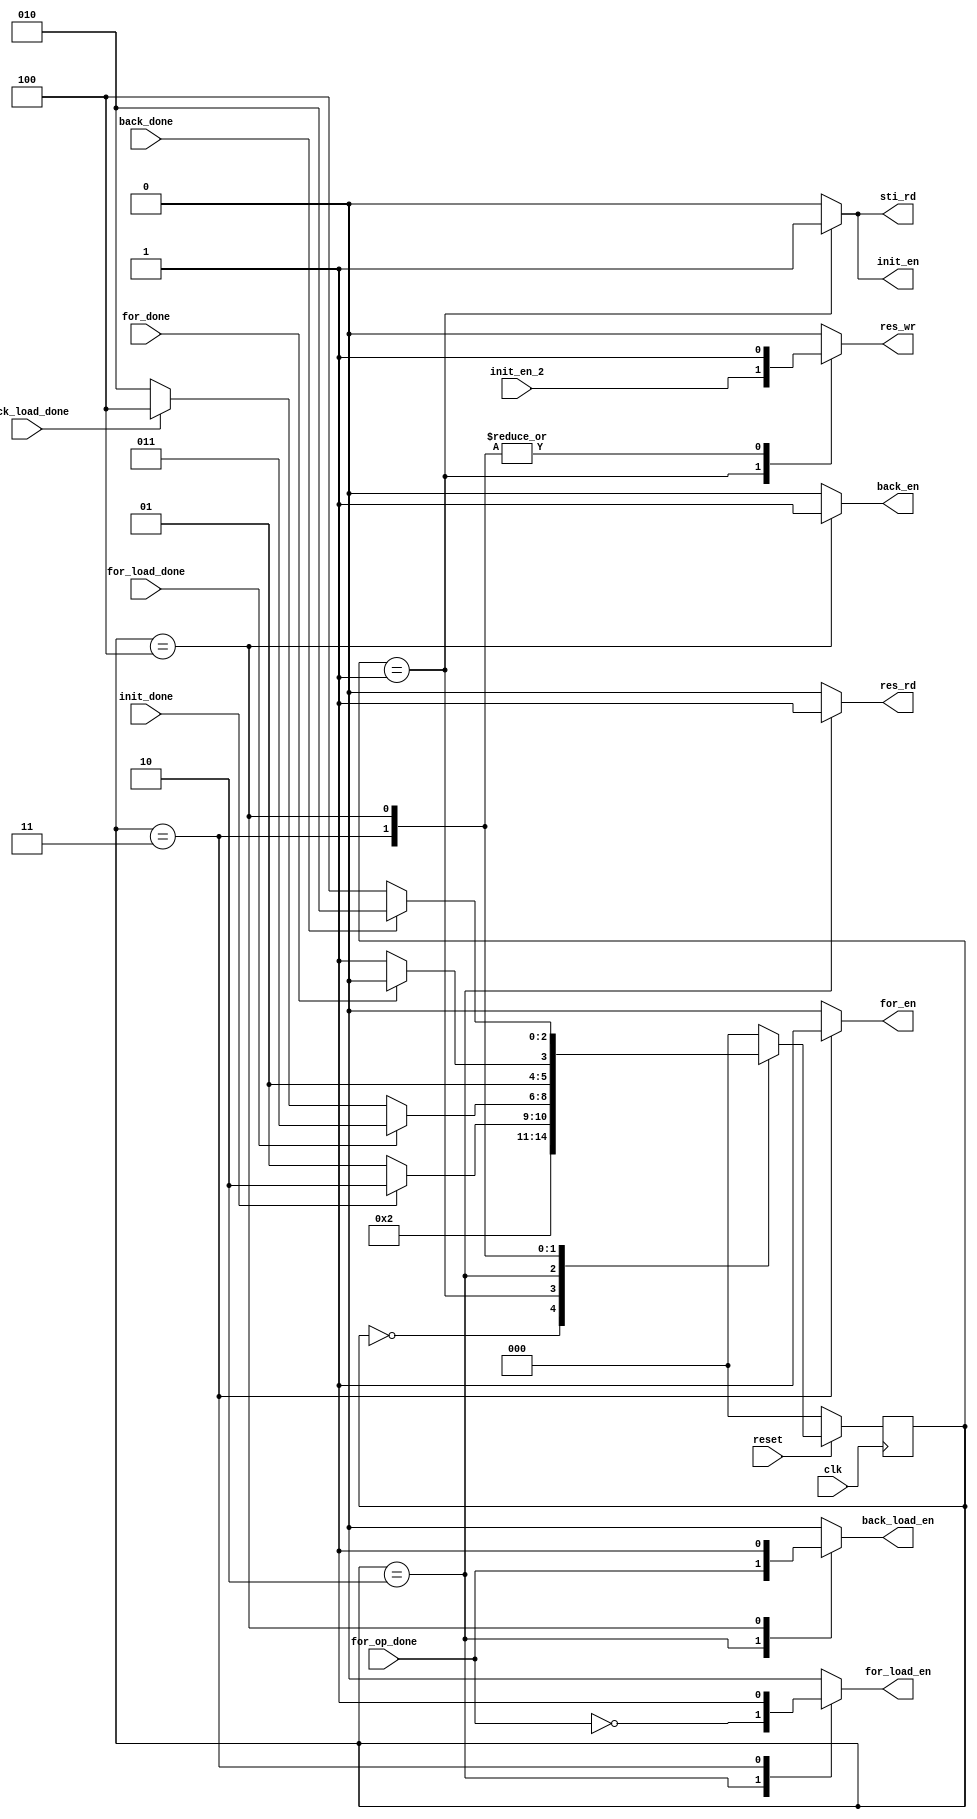
module ctrl(
        input                   clk,
        input                   reset,
        input                   init_en_2,
        input                   init_done,
        input                   for_load_done,
        input                   for_done,
        input                   for_op_done,
        input                   back_load_done,
        input                   back_done,
        output reg              init_en,
        output reg              for_en,
        output reg              for_load_en,
        output reg              back_en,
        output reg              back_load_en,
        output reg              sti_rd,
        output reg              res_wr,
        output reg              res_rd
        );

        parameter IDLE = 3'b000,  INIT = 3'b001, LOAD = 3'b010, FOR = 3'b011, BACK = 3'b100;
        reg [2:0] cstate, nstate;
        
        
        always@(posedge clk)begin
                if(!reset)
                        cstate <= 3'b0;
                else
                        cstate <= nstate;
        end
        
        always@*begin
                case(cstate)
                        IDLE:begin
                                if(!reset) nstate = IDLE;
                                else nstate = INIT;
                        end
                        INIT:begin
                                if(init_done)
                                        nstate = LOAD;
                                else
                                        nstate = INIT;
                        end
                        LOAD:begin
                                if(for_load_done)
                                        nstate = FOR;
                                else if(back_load_done)
                                        nstate = BACK;
                                else
                                        nstate = LOAD;
                        end
                        FOR:begin
                                if(for_done)
                                        nstate = LOAD;
                                else
                                        nstate = FOR;
                        end
                        BACK:begin
                                if(back_done)
                                        nstate = LOAD;
                                else
                                        nstate = BACK;
                        end
                        default: nstate = IDLE;
                endcase
        end
        
        always@*begin
                case(cstate)
                        IDLE:begin
                                init_en = 1'b0;
                                for_load_en = 1'b0;
                                for_en = 1'b0;
                                back_load_en = 1'b0;
                                back_en = 1'b0;
                                sti_rd = 1'b0;
                                res_wr = 1'b0;
                                res_rd = 1'b0;
                        end
                        INIT:begin
                                init_en = 1'b1;
                                for_load_en = 1'b0;
                                for_en = 1'b0;
                                back_load_en = 1'b0;
                                back_en = 1'b0;
                                sti_rd = 1'b1;  // have to hold on until pixel values have stored.
                                res_wr = init_en_2;
                                res_rd = 1'b0;
                        end
                        LOAD:begin
                                init_en = 1'b0;
                                for_load_en = (!for_op_done);
                                for_en = 1'b0;
                                back_load_en = for_op_done;
                                back_en = 1'b0;
                                sti_rd = 1'b0;
                                res_wr = 1'b0;
                                res_rd = 1'b1;
                        end
                        FOR:begin
                                init_en = 1'b0;
                                for_load_en = 1'b1;
                                for_en = 1'b1;
                                back_load_en = 1'b0;
                                back_en = 1'b0;
                                sti_rd = 1'b0;
                                res_wr = 1'b1;
                                res_rd = 1'b0;
                        end
                        BACK:begin
                                init_en = 1'b0;
                                for_load_en = 1'b0;
                                for_en = 1'b0;
                                back_load_en = 1'b1;
                                back_en = 1'b1;
                                sti_rd = 1'b0;
                                res_wr = 1'b1;
                                res_rd = 1'b0;
                        end
                        default:begin
                                init_en = 1'b0;
                                for_load_en = 1'b0;
                                for_en = 1'b0;
                                back_load_en = 1'b0;
                                back_en = 1'b0;
                                sti_rd = 1'b0;
                                res_wr = 1'b0;
                                res_rd = 1'b0;
                        end
                endcase
        end
endmodule